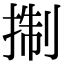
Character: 𢮓